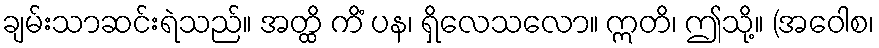
ချမ်းသာဆင်းရဲသည်။ အတ္ထိ ကိံ ပန၊ ရှိလေသလော။ ဣတိ၊ ဤသို့။ (အဝေါစ၊